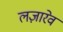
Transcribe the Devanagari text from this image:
लज़ारेव